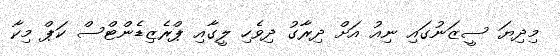
މިދިޔަ ސީޒަނުގައި ނިއު އަށް ދިރާގު ދިވެހި ލީގާއި ޕްރެޒިޑެންޓްސް ކަޕް މިކާ